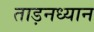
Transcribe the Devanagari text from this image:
ताड़नध्यान